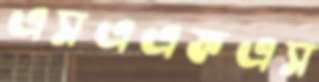
এসএএফএস